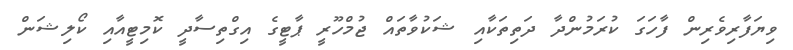
ވިޔަފާރިވެރިން ފާހަގަ ކުރަމުންދާ ދަތިތަކާއި ޝަކުވާތައް ޖުމްހޫރީ ޕާޓީގެ އިގްތިސާދީ ކޮމިޓީއާއި ކޯލިޝަން